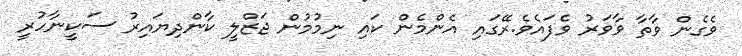
ވެގެން ވާތާ ވާވަރު ވެފައެވެ.ރޭގައި އެންމެން ކައި ނިމުމުން ޖަޒްލީ ކާންދިޔައިރު ސަކީނާހުރީ